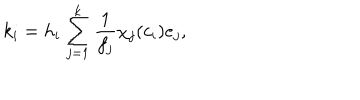
k _ { i } = h _ { i } \sum _ { j = 1 } ^ { k } \frac { 1 } { f _ { j } } \chi _ { j } ( c _ { i } ) e _ { j } ,